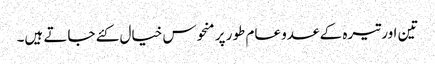
تین اور تیرہ کے عدو عام طور پر منحوس خیال کئے جاتے ہیں۔